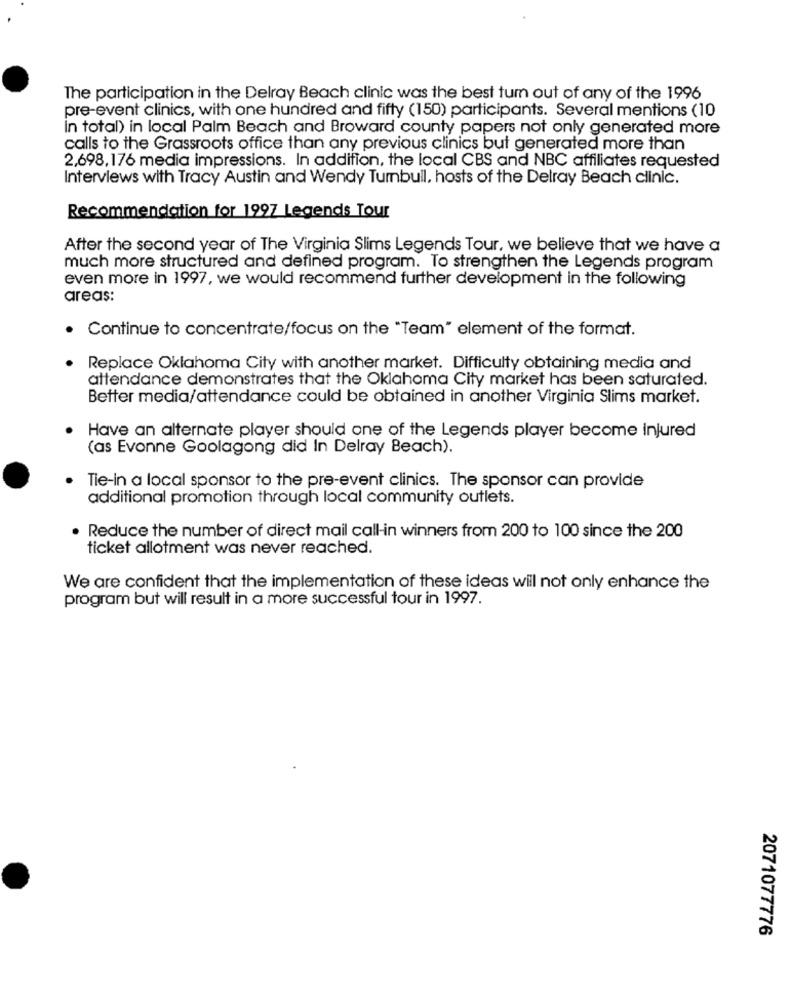
The participation in the Delray Beach clinic was the best tum out of any of the 1996
pre-event clinics, with one hundred and fifty (150) participants. Several mentions (10
In total) in local Palm Beach and Broward county papers not only generated more
calls to the Grassroots office than any previous clinics but generated more than
2,698,176 media impressions. In addition, the local CBS and NBC affiliates requested
Interviews with Tracy Austin and Wendy Turnbull, hosts of the Delray Beach clinic.
Recommendation for 1997 Legends Tour
After the second year of The Virginia Slims Legends Tour, we believe that we have a
much more structured and defined program. To strengthen the Legends program
even more in 1997, we would recommend further development in the following
areas:
Continue to concentrate/focus on the "Team" element of the format.
Replace Oklahoma City with another market. Difficulty obtaining media and
attendance demonstrates that the Oklahoma City market has been saturated.
Better media/attendance could be obtained in another Virginia Slims market.
Have an alternate player should one of the Legends player become injured
(as Evonne Goolagong did In Delray Beach).
Tie-in a local sponsor to the pre-event clinics. The sponsor can provide
additional promotion through local community outlets.
Reduce the number of direct mail call-in winners from 200 to 100 since the 200
ticket allotment was never reached.
We are confident that the implementation of these ideas will not only enhance the
program but will result in a more successful tour in 1997.
2071077776